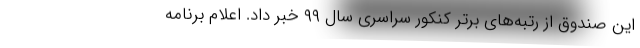
این صندوق از رتبه‌های برتر کنکور سراسری سال ۹۹ خبر داد. اعلام برنامه